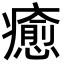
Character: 癒